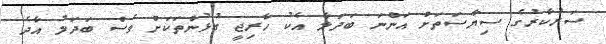
ސަރުކާރުގެ ސިޔާސަތަށް އަންނަ ބަދަލާ އެކު ހާރިޖީ ގުޅުންތަކަށް ވެސް ބަދަލު އާދެ